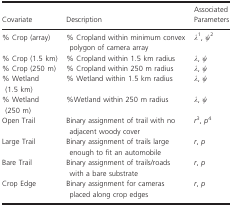
| Covariate | Description | Associated Parameters |
 | --- | --- | --- |
 | % Crop (array) | % Cropland within minimum convex polygon of camera array | λa, ψb |
 | % Crop (1.5 km) | % Cropland within 1.5 km radius | λ, ψ |
 | % Crop (250 m) | % Cropland within 250 m radius | λ, ψ |
 | % Wetland (1.5 km) | % Wetland within 1.5 km radius | λ, ψ |
 | % Wetland (250 m) | %Wetland within 250 m radius | λ, ψ |
 | Open Trail | Binary assignment of trail with no adjacent woody cover | rc, pd |
 | Large Trail | Binary assignment of trails large enough to fit an automobile | r, p |
 | Bare Trail | Binary assignment of trails/roads with a bare substrate | r, p |
 | Crop Edge | Binary assignment for cameras placed along crop edges | r, p |